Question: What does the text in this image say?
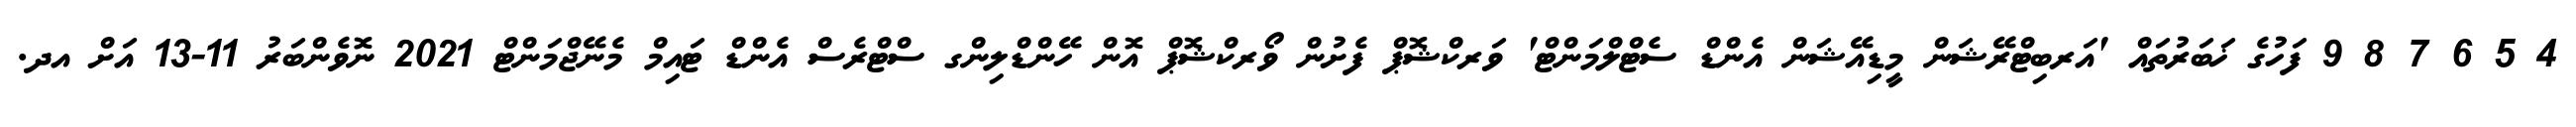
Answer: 4 5 6 7 8 9 ފަހުގެ ޚަބަރުތައް 'އަރބިޓްރޭޝަން މީޑިއޭޝަން އެންޑް ސެޓްލްމަންޓް' ވަރކްޝޮޕް ފެށުން ވޯރކްޝޮޕް އޮން ހޭންޑްލިންގ ސްޓްރެސް އެންޑް ޓައިމް މެނޭޖްމަންޓް 2021 ނޮވެންބަރު 11-13 އަށް އދ.